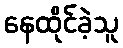
နေထိုင်ခဲ့သူ